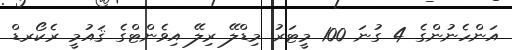
އަންހެނުންގެ 4 ގުނަ 100 މީޓަރު މިޑްލޭ ރިލޭ އިވެންޓްގެ ޤައުމީ ރެކޯރޑް